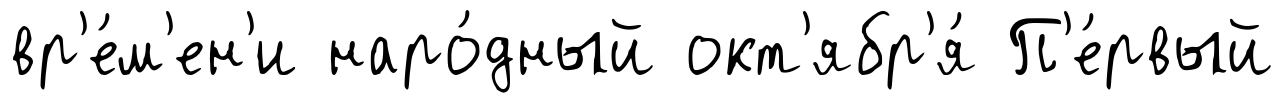
вр'е́м'ен'и наро́дный окт'ябр'я́ П'е́рвый